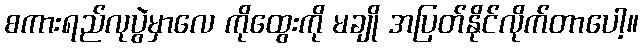
စကားရည်လုပွဲမှာလေ ကိုထွေးကို မချို အပြတ်နိုင်လိုက်တာပေါ့။